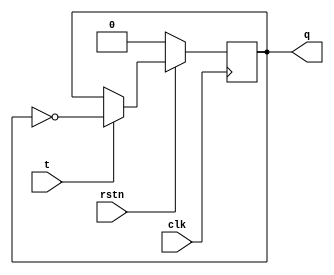
module imad_tff ( input clk, input rstn, input t, output reg q);  
  
  always @ (negedge clk) begin  
    if (!rstn)  
      q <= 0;  
    else  
        if (t)  
            q <= ~q;  
        else  
            q <= q;  
  end  
endmodule